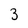
Character: 3